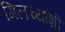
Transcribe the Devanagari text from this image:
गिलच्यांशी